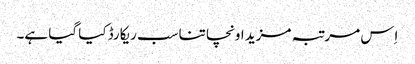
اِس مرتبہ مزید اونچا تناسب ریکارڈ کیا گیا ہے۔